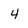
Character: 4